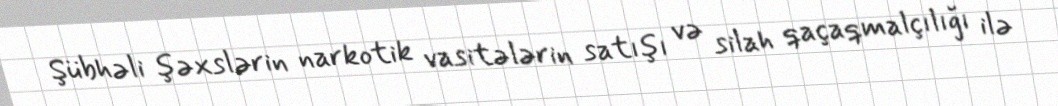
Şübhəli şəxslərin narkotik vasitələrin satışı və silah qaçaqmalçılığı ilə